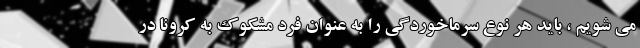
می شویم ، باید هر نوع سرماخوردگی را به عنوان فرد مشکوک به کرونا در